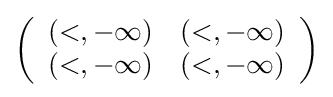
\left({\begin{array}{ll}(<,-\infty )&(<,-\infty )\\(<,-\infty )&(<,-\infty )\end{array}}\right)